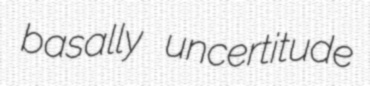
basally uncertitude